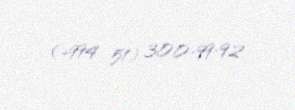
(+994 51) 300-99-92